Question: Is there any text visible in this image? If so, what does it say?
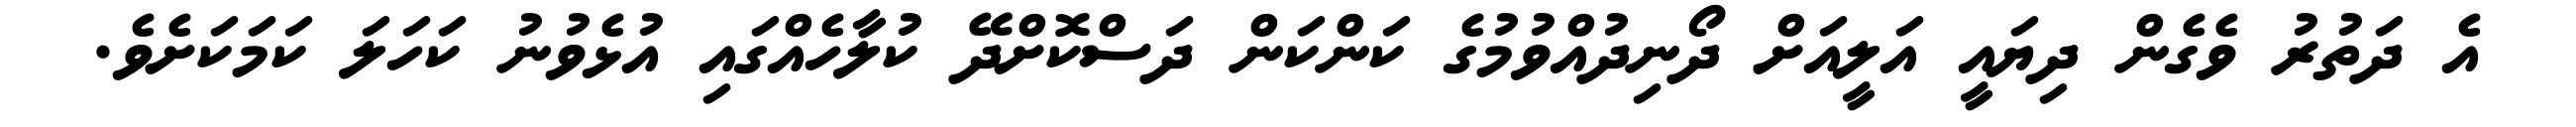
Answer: އެ ދަތުރު ވެގެން ދިޔައީ އަލީއަށް ދޯނިދުއްވުމުގެ ކަންކަން ދަސްކޮށްދޭ ކުލާހެއްގައި އުޅެވުނު ކަހަލަ ކަމަކަށެވެ.